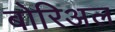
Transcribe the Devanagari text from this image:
बोरिअल